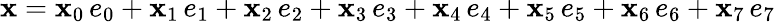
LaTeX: \mathbf{x}=\mathbf{x}_{0}\, e_{0}+\mathbf{x}_{1}\, e_{1}+\mathbf{x}_{2}\, e_{2}+\mathbf{x}_{3}\, e_{3}+\mathbf{x}_{4}\, e_{4}+\mathbf{x}_{5}\, e_{5}+\mathbf{x}_{6}\, e_{6}+\mathbf{x}_{7}\, e_{7}